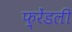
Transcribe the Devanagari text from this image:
फ़्रेंडली